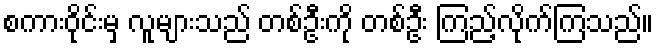
စကားဝိုင်းမှ လူများသည် တစ်ဦးကို တစ်ဦး ကြည့်လိုက်ကြသည်။